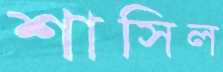
শাসিল